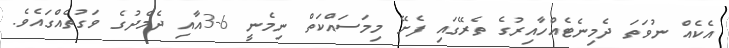
އެކެއް ނުވަތަ ދެމިނެޓެއްހާއިރުގެ ތެރޭގައި ފެށޭ މިމަސައްކަތް ނިމެނީ 6-3އާއި ދެމެދުގެ ވަގުތެއްގައެވެ.